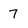
Character: 7